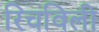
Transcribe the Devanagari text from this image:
रिचविली